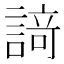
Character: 𮘩